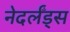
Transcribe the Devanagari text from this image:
नेदर्लँड्स